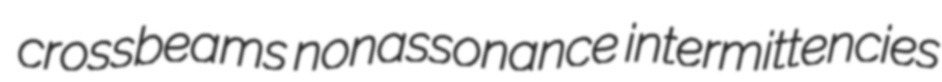
crossbeams nonassonance intermittencies